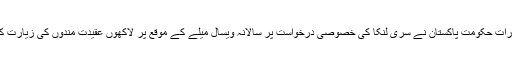
بدھا کے مقدس نوادرات حکومت پاکستان نے سری لنکا کی خصوصی درخواست پر سالانہ ویسال میلے کے موقع پر لاکھوں عقیدت مندوں کی زیارت کیلئے بھیج دی تھیں۔